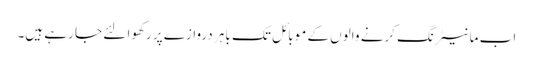
اب مانیٹرنگ کرنے والوں کے موبائل تک باہر دروازے پر رکھوا لئے جا رہے ہیں۔